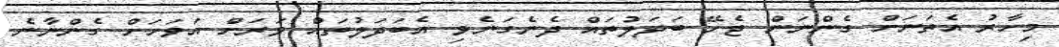
މިހާރު އެތަނަށް ގެންނަން ޖެހޭ ބަދަލުތައް ދެނެގަނެވި އެބަދަލުތައް ވަރަށް އަވަހަށް ގެންނާނެ